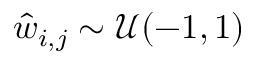
\hat { w } _ { i , j } \sim \mathcal { U } ( - 1 , 1 )